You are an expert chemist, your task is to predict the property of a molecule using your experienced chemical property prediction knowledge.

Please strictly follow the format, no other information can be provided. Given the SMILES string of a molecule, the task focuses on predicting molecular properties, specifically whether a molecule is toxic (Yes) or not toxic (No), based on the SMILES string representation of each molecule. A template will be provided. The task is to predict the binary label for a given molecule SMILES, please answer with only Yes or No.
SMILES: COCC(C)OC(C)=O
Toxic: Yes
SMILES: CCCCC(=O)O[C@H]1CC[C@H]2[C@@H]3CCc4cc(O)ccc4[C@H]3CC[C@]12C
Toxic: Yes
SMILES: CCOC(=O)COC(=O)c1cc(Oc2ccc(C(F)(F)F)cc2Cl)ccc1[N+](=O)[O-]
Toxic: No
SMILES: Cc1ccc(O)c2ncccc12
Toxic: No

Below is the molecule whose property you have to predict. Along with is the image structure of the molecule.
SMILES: CN(C)NC(=O)CCC(=O)O
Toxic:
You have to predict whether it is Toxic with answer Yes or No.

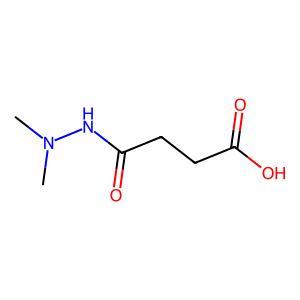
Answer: No